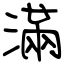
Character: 滿